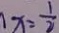
1 x = \frac { 1 } { 2 }